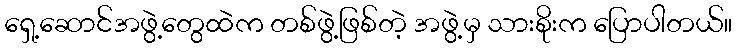
ရှေ့ဆောင်အဖွဲ့တွေထဲက တစ်ဖွဲ့ဖြစ်တဲ့ အဖွဲ့မှ သားစိုးက ပြောပါတယ်။